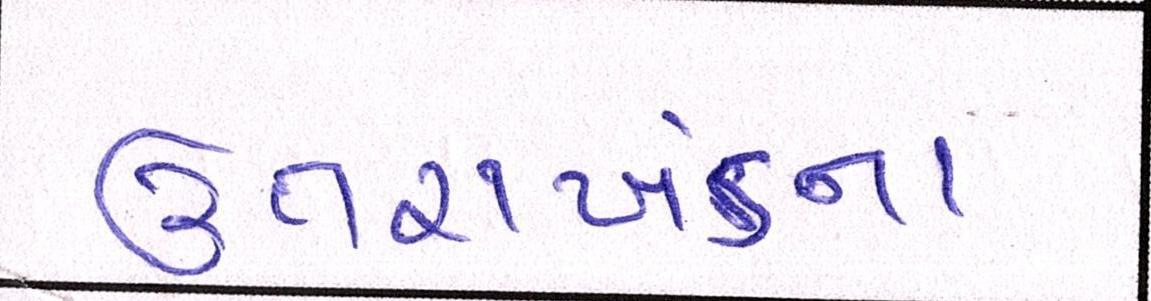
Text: ઉત્તરાખંડના